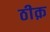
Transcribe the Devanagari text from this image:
ठीक़